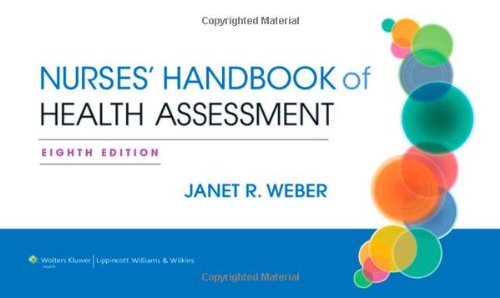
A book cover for Nurses' Handbook of Health Assessment; Janet R. Weber RN  EdD; Medical Books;